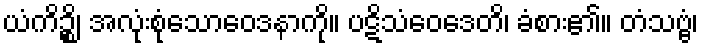
ယံကိဉ္စိ၊ အလုံးစုံသောဝေဒနာကို။ ပဋိသံဝေဒေတိ၊ ခံစား၏။ တံသဗ္ဗံ၊